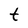
Character: t